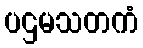
ပဌမသတကံ